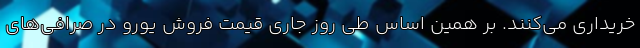
خریداری می‌کنند. بر همین‌ اساس طی روز جاری قیمت فروش یورو در صرافی‌های